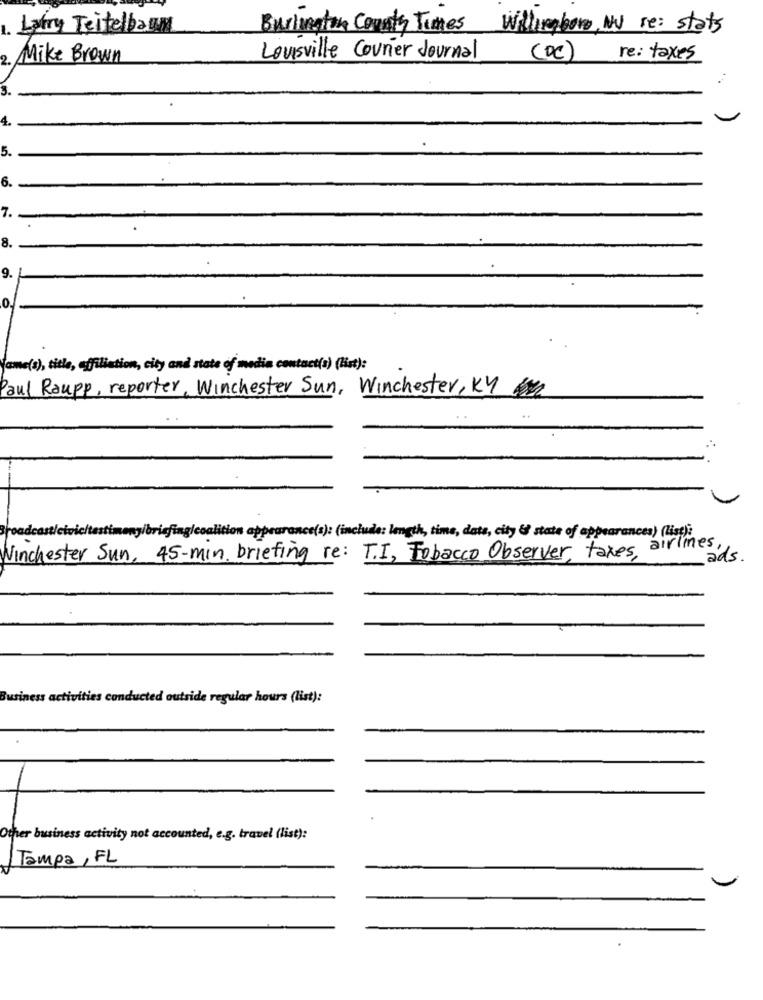
1. Latry Teitelbaum
Burlington County Times Willingboro, NV re: stats
2. Mike Brown
Louisville Courier Journal
(DC)
re: taxes
S.
4.
5.
6.
7.
8.
9.
ame(s), title, affiliation, city and state of media contact(s) (list):
Paul Raupp, reporter, Winchester Sun, Winchester, KY
icltestimony/briefinglcoalition appearance(s): (include: length, time, dats, city & state of appearances) (list)i
Winchester Sun, 45-min. briefing re: T.I, Tobacco Observer taxes airlines,
ads
s conducted outside regular hours (list):
Other business activity not accounted, e.g. travel (list):
Tampa , FL